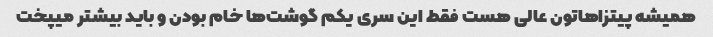
همیشه پیتزاهاتون عالی هست فقط این سری یکم گوشت‌ها خام بودن و باید بیشتر میپخت